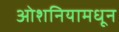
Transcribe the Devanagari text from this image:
ओशनियामधून